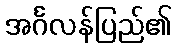
အင်္ဂလန်ပြည်၏